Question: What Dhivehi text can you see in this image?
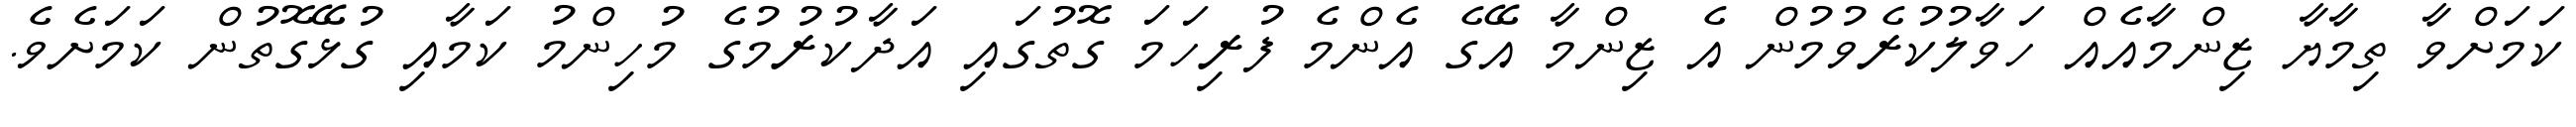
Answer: ކަމަށްވާ ތިމާޔާ ޒިންމާއެއް ހަވާލުކުރެވުމުން އެ ޒިންމާ އޭގެ އެންމެ ފުރިހަމަ ގޮތުގައި އަދާކުރުމުގެ މުހިންމު ކަމާއި ގުޅޭގޮތުން ކަމަށެވެ.